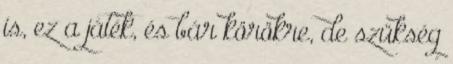
is, ez a játék, és bár körökre, de szükség